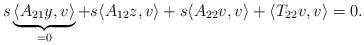
LaTeX: \begin{align*}s\underbrace{\langle A_{21}y,v\rangle}_{=0}+s\langle A_{12}z,v\rangle+s\langle A_{22}v,v\rangle+\langle T_{22}v,v\rangle=0.\end{align*}